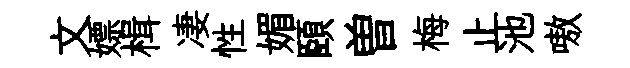
文嫖楫凄性媚頤曽梅止池嗷